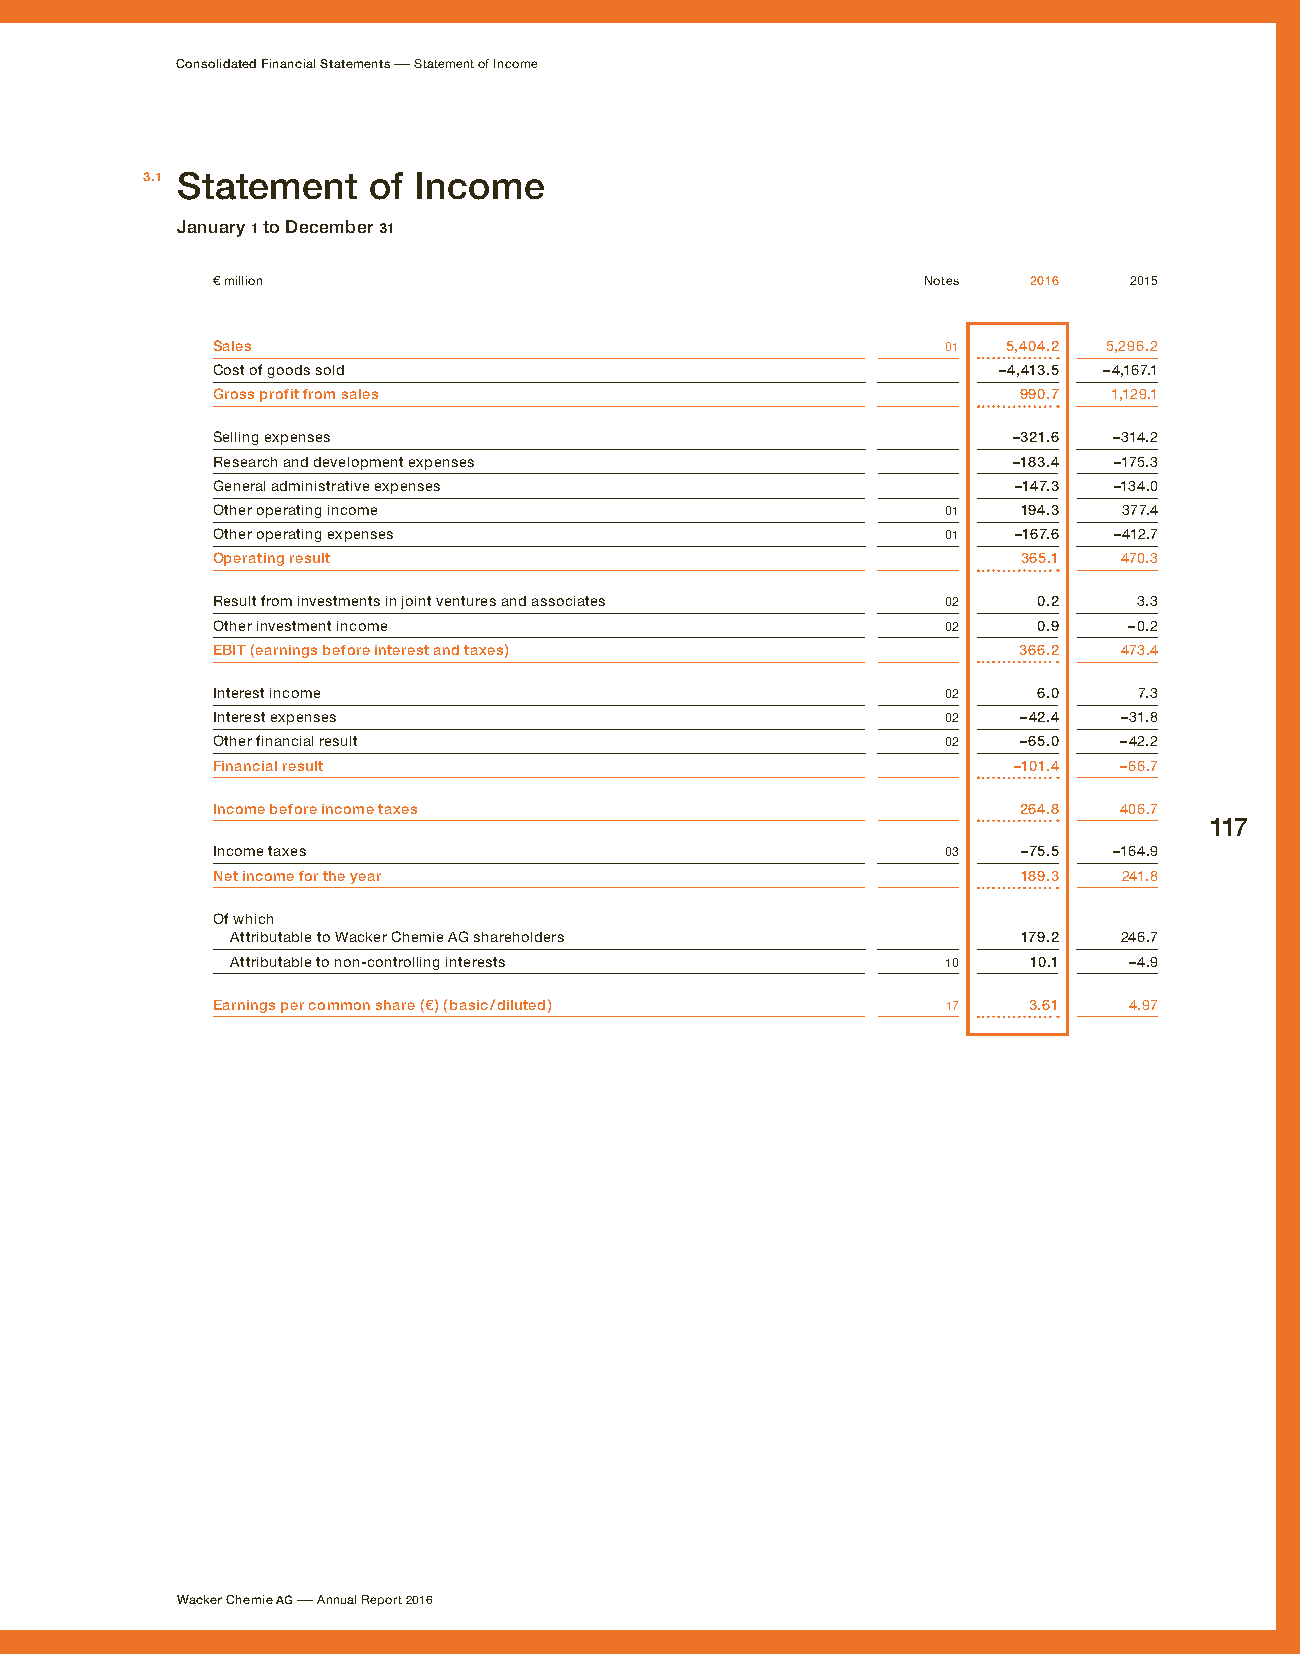
Consolidated Financial Statements – Statement of Income
 3.1 Statement  of Income
 January 1 to December 31
 € million                                      Notes  2016   2015
 Sales                                            01  5,404.2 5,296.2
 Cost of goods sold                                  –4,413.5 –4,167.1
 Gross profit from sales                              990.7  1,129.1
 Selling expenses                                     –321.6 –314.2
 Research and development expenses                    –183.4 –175.3
 General administrative expenses                      –147.3 –134.0
 Other operating income                           01   194.3 377.4
 Other operating expenses                         01  –167.6 –412.7
 Operating result                                      365.1 470.3
 Result from investments in joint ventures and associates 02 0.2 3.3
 Other investment income                          02    0.9   –0.2
 EBIT (earnings before interest and taxes)            366.2  473.4
 Interest income                                  02    6.0   7.3
 Interest expenses                                02  –42.4  –31.8
 Other financial result                           02  –65.0  –42.2
 Financial result                                     –101.4 –66.7
 Income before income taxes                           264.8  406.7
 117
 Income taxes                                     03   –75.5 –164.9
 Net income for the year                               189.3 241.8
 Of which
 Attributable to Wacker Chemie AG shareholders        179.2 246.7
 Attributable to non-controlling interests       10   10.1   –4.9
 Earnings per common share (€) (basic / diluted)  17   3.61   4.97
 Wacker Chemie AG – Annual Report 2016